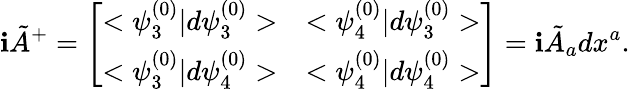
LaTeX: \mathbf{i}{\tilde{{A}}}^{+}=\left[\begin{array}{ll}{{<\psi_{3}^{(0)}|d\psi_{3}^{(0)}>}}&{{<\psi_{4}^{(0)}|d\psi_{3}^{(0)}>}}\\ {{<\psi_{3}^{(0)}|d\psi_{4}^{(0)}>}}&{{<\psi_{4}^{(0)}|d\psi_{4}^{(0)}>}}\end{array}\right]=\mathbf{i}{\tilde{{A}}}_{a}dx^{a}.